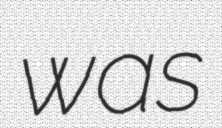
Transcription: was